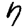
Digit: 7